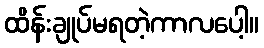
ထိန်းချုပ်မရတဲ့ကာလပေါ့။